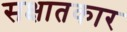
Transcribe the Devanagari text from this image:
सक्षातकार